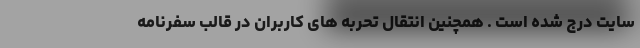
سایت درج شده است . همچنین انتقال تحربه های کاربران در قالب سفرنامه